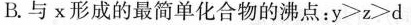
B.与x形成的最简单化合物的沸点：$$y＞z＞d$$